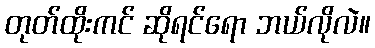
တုတ်ထိုးကင် ဆိုရင်ရော ဘယ်လိုလဲ။